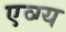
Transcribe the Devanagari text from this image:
एव्ग्य